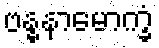
ဗန္ဓနာမောက္ခံ